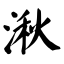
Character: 湫